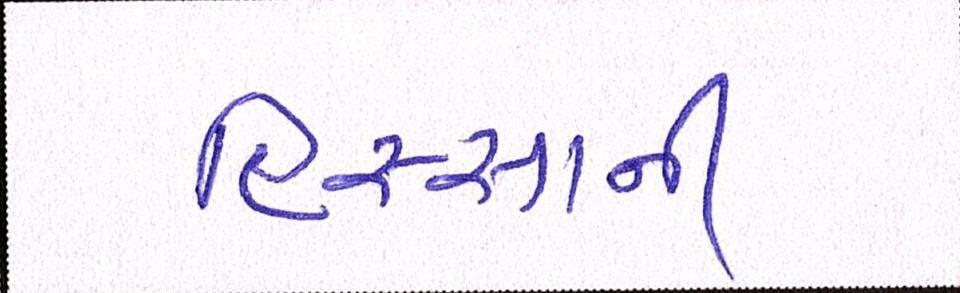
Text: હિસ્સાની